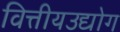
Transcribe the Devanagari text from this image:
वित्तीयउद्योग